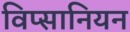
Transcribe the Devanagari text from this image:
विप्सानियन